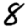
Digit: 8